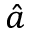
\hat { a }